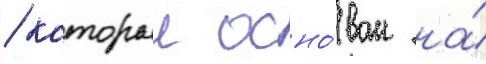
/ которыи осно́ван на́